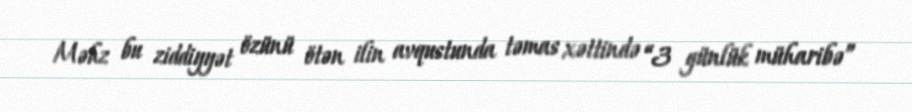
Məhz bu ziddiyyət özünü ötən ilin avqustunda təmas xəttində “3 günlük müharibə”